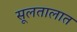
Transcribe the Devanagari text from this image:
सूलतालात